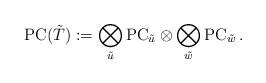
LaTeX: \begin{align*} \mathrm{PC}(\tilde T) := \bigotimes_{\tilde u} \mathrm{PC}_{\tilde u}\otimes \bigotimes_{\tilde w} \mathrm{PC}_{\tilde w}\,. \end{align*}